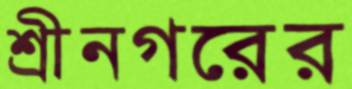
শ্রীনগরের